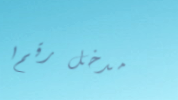
مدخل رقم ١